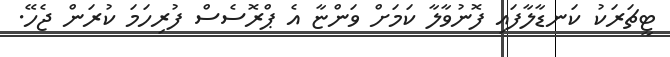
ޓީޗަރަކު ކަނޑާލާފައި ފޮނުވާލާ ކަމަށް ވަންޏާ އެ ޕްރޮސެސް ފުރިހަމަ ކުރަން ޖެހޭ.